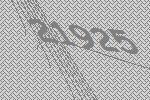
21925